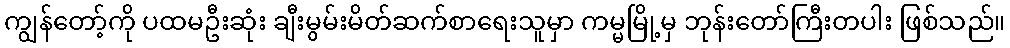
ကျွန်တော့်ကို ပထမဦးဆုံး ချီးမွမ်းမိတ်ဆက်စာရေးသူမှာ ကမ္မမြို့မှ ဘုန်းတော်ကြီးတပါး ဖြစ်သည်။